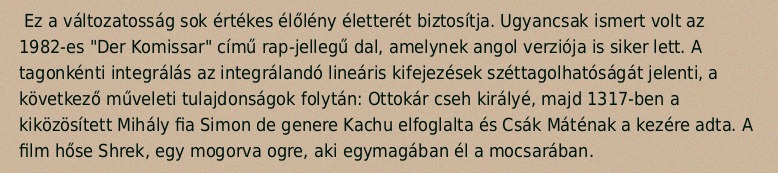
Ez a változatosság sok értékes élőlény életterét biztosítja. Ugyancsak ismert volt az 1982-es "Der Komissar" című rap-jellegű dal, amelynek angol verziója is siker lett. A tagonkénti integrálás az integrálandó lineáris kifejezések széttagolhatóságát jelenti, a következő műveleti tulajdonságok folytán: Ottokár cseh királyé, majd 1317-ben a kiközösített Mihály fia Simon de genere Kachu elfoglalta és Csák Máténak a kezére adta. A film hőse Shrek, egy mogorva ogre, aki egymagában él a mocsarában.